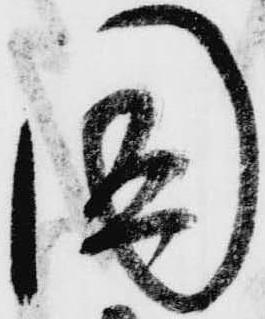
国